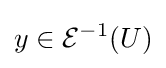
y\in {\mathcal {E}}^{-1}(U)